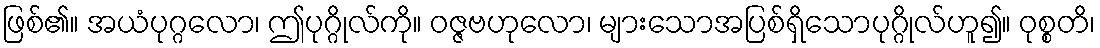
ဖြစ်၏။ အယံပုဂ္ဂလော၊ ဤပုဂ္ဂိုလ်ကို။ ဝဇ္ဇဗဟုလော၊ များသောအပြစ်ရှိသောပုဂ္ဂိုလ်ဟူ၍။ ဝုစ္စတိ၊